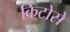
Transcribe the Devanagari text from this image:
किटोसे